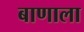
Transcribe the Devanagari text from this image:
बाणाला